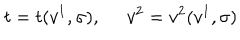
t = t ( v ^ { 1 } , \sigma ) , \ \; v ^ { 2 } = v ^ { 2 } ( v ^ { 1 } , \sigma )